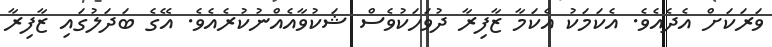
ވަރަކަށް އެދެއެވެ. އެކަމަކު އެކަމާ ޒާފިރާ ދުވަހަކުވެސް ޝަކުވާއެއްނުކުރެއެވެ. އޭގެ ބަދަލުގައި ޒާފިރާ